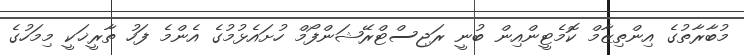
މުބާރާތުގެ އިންތިޒާމް ކޮމެޓީންއިން ބުނީ ރަޖިސްޓްރޭޝަންފޯމް ހުށައެޅުމުގެ އެންމެ ފަހު ތާރީޚަކީ މިމަހުގެ